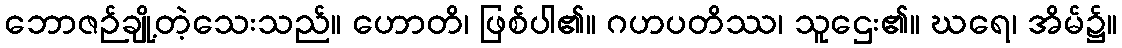
ဘောဇဉ်ချို့တဲ့သေးသည်။ ဟောတိ၊ ဖြစ်ပါ၏။ ဂဟပတိဿ၊ သူဌေး၏။ ဃရေ၊ အိမ်၌။